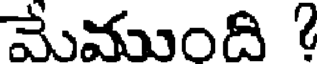
మేముంది 2